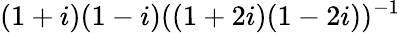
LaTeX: (1+i)(1-i)((1+2i)(1-2i))^{-1}